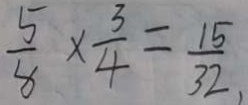
\frac { 5 } { 8 } \times \frac { 3 } { 4 } = \frac { 1 5 } { 3 2 } ,